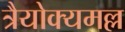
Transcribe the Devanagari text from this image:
त्रैयोक्यमल्ल